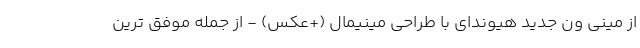
از مینی ون جدید هیوندای با طراحی مینیمال (+عکس) - از جمله موفق ترین